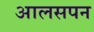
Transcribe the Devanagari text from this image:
आलसपन